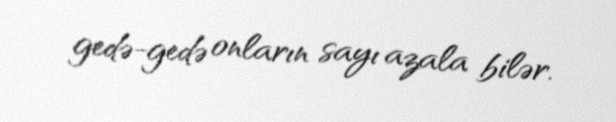
gedə-gedə onların sayı azala bilər.